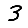
Digit: 3